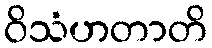
ဝိသံဟတာတိ